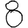
Digit: 8